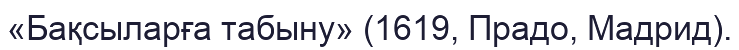
«Бақсыларға табыну» (1619, Прадо, Мадрид).